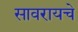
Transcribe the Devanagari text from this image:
सावरायचे